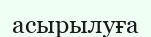
асырылуға